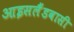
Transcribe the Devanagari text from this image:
आइसलैंडवासी